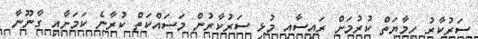
ސަރުކާރު ހިމާޔަތް ކުރުމަށް ރައީސާއި މުޅި ސަރުކާރުން މަސައްކަތް ކުރާނެ ކަމަށާއި ގާނޫނާ